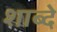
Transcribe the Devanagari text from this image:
शाब्दे